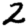
Digit: 2